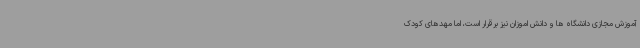
آموزش مجازی دانشگاه ها و دانش اموزان نیز برقرار است، اما مهدهای کودک